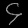
Digit: ၄